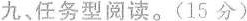
九、任务型阅读。(15 分)